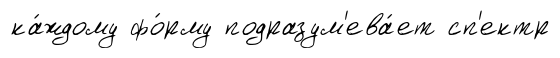
ка́ждому фо́рму подразум'ева́ет сп'ектр